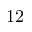
1 2